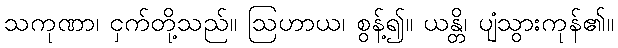
သကုဏာ၊ ငှက်တို့သည်။ ဩဟာယ၊ စွန့်၍။ ယန္တိ၊ ပျံသွားကုန်၏။